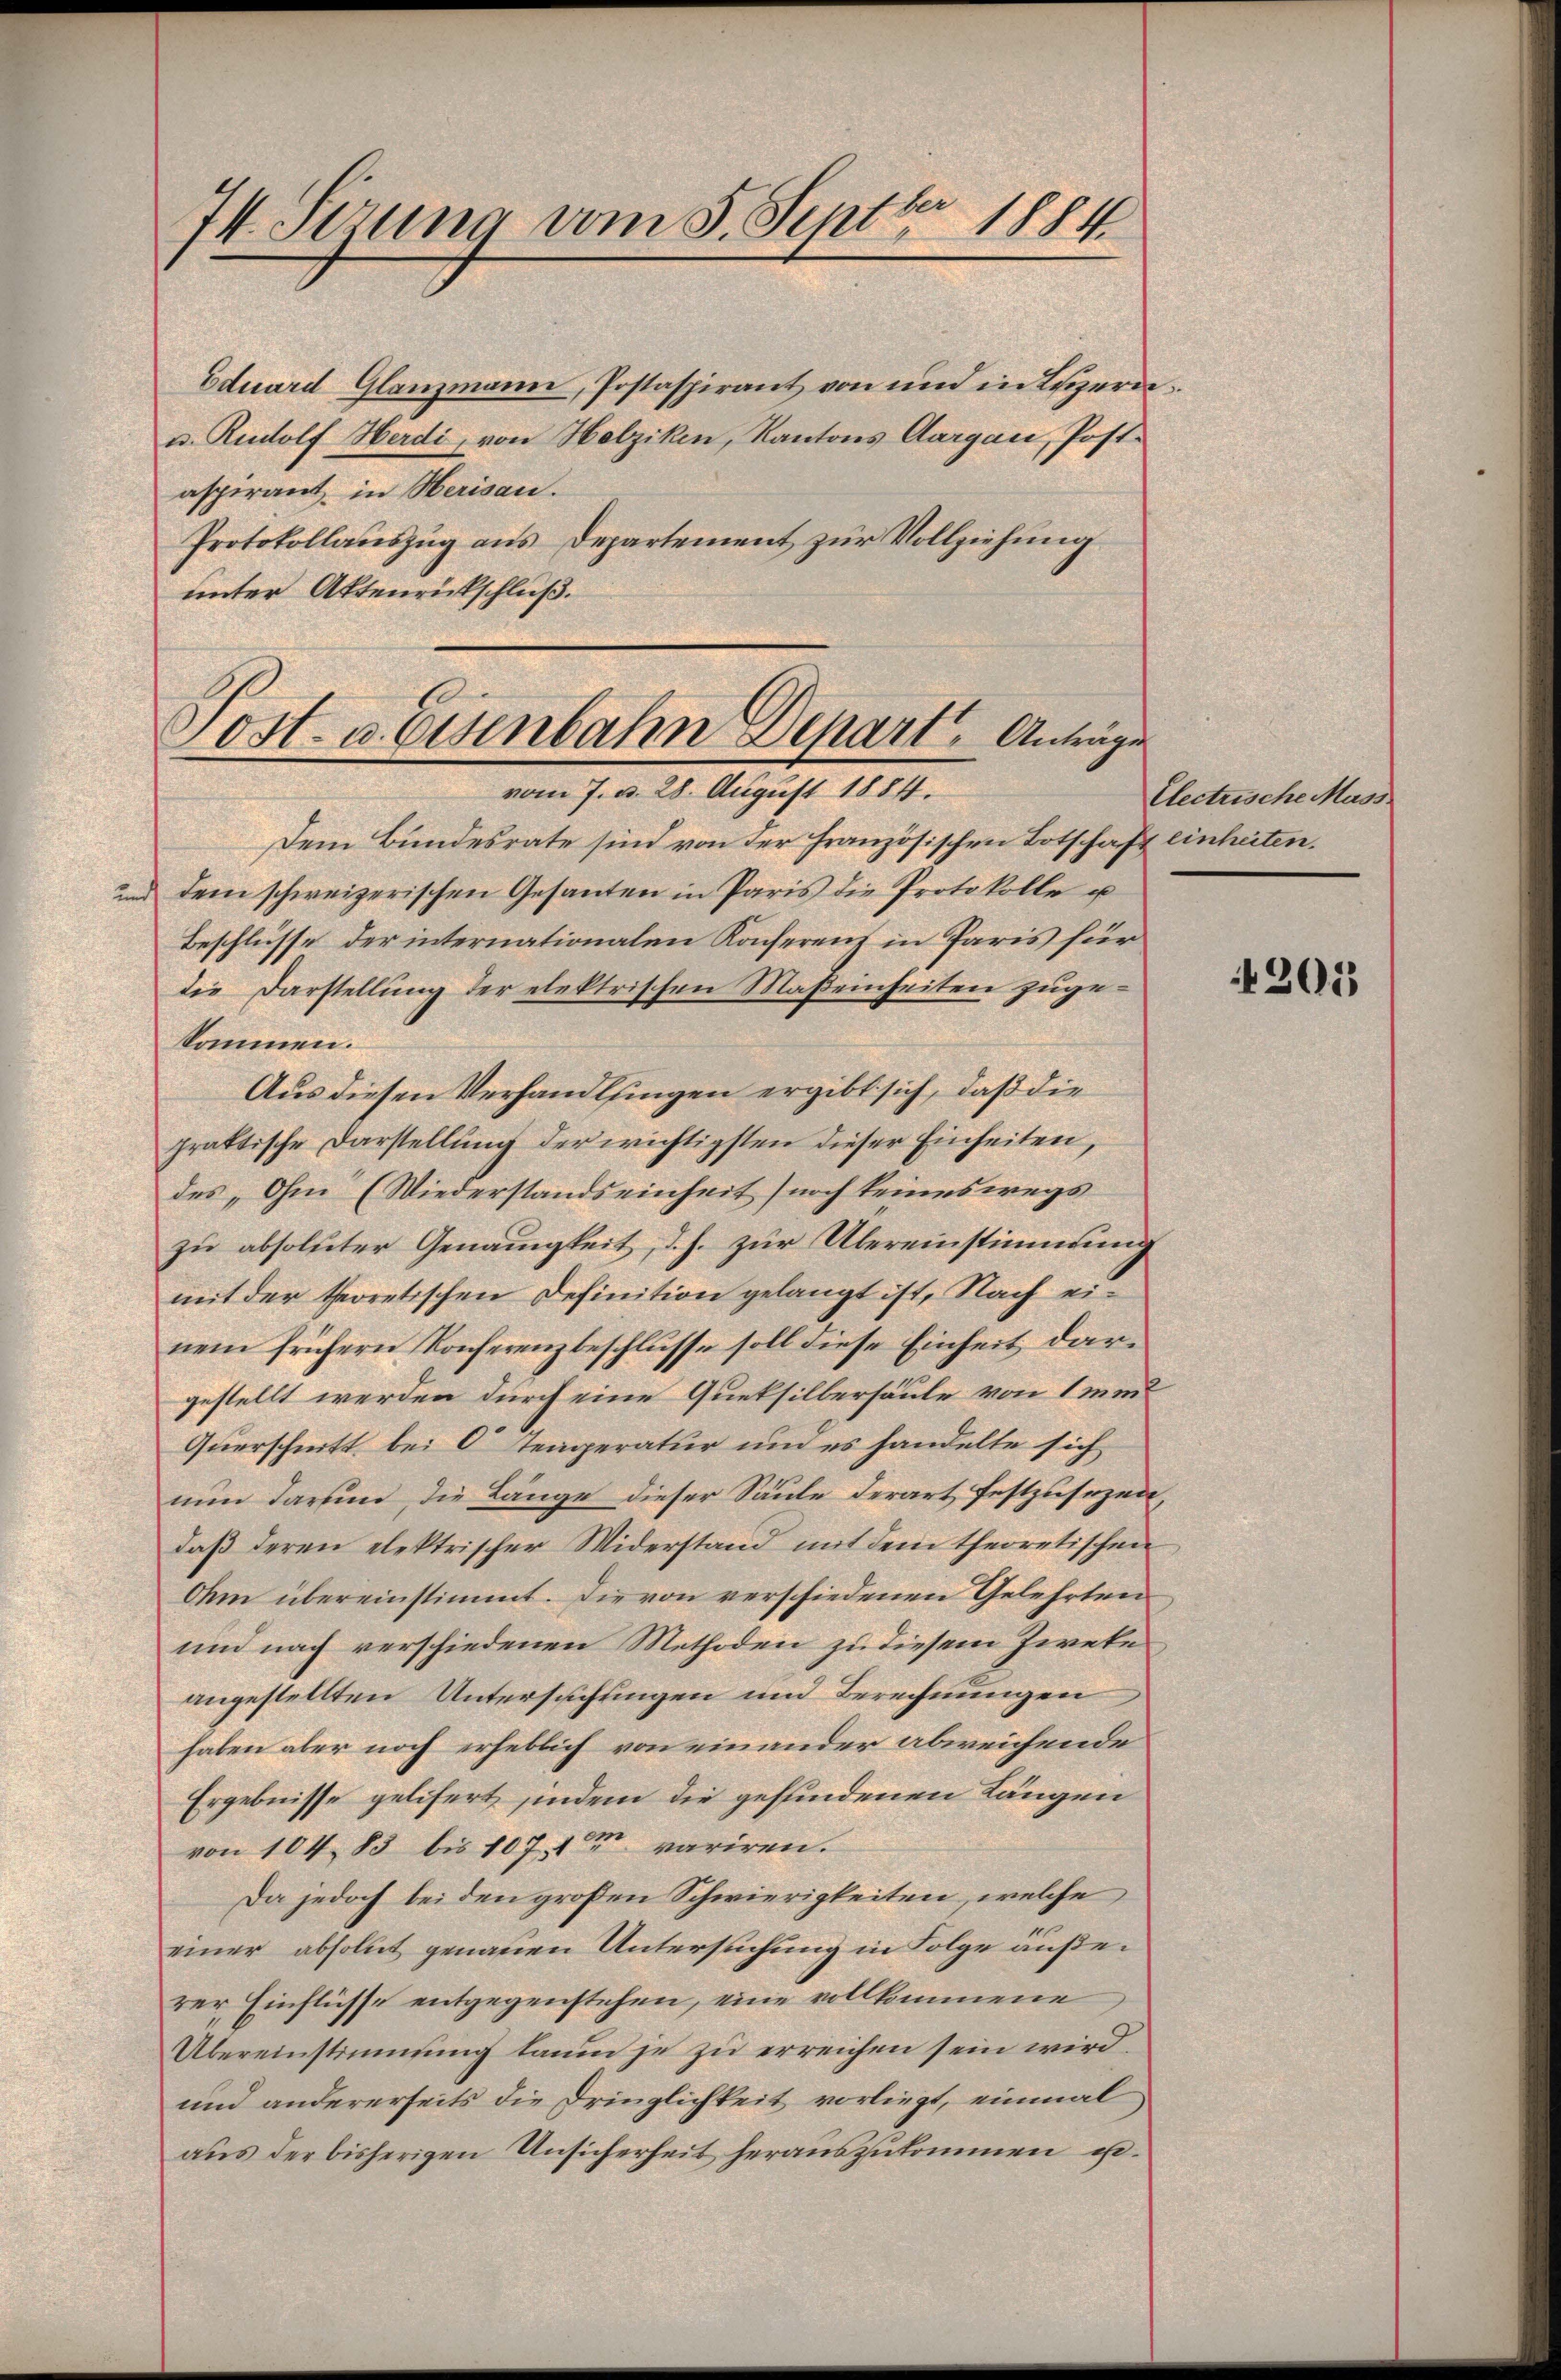
74. Sitzung vom 5. Septbr 1884

Eduard Glanzmann, Postaspirant von und in Luzern
u. Rudolf Herdi, von Helziken, Kantons Aargau, Postasperant, in Herisau.
Protokollauszug aus Departement zur Vollziehung
unter Aktenrückschluß.
Dem Bundesrate sind von der französischen Botschaft einheiten.
und dem schweizerischen Gesanten in Paris die Protokolle u
Beschlüsse der internationalen Konferenz in Paris für
die Darstellung der elektrischen Maßeinheiten zugekommen.
Aus diesen Verhandlungen ergibt sich, daß die
praktische Darstellung der wichtigsten dieser Einheiten,
des „Ohm“ (Wiederstandseinheit noch keineswegs
zu absoluter Genauigkeit, d. h. zur Übereinstimmung
mit der theoretischen Definition gelangt ist, Nach einem frühern Konferenzbeschlusse soll diese Einheit dargestellt werden durch eine Quetsilbersäule von 1 met
Querschnitt bei C Temperatur und es handelte sich
nun darum, die Länge dieser Säule derart festzusezen,
daβ deren elektrischer Widerstand mit dem theoretischen
Om übereinstimmt. Die von verschiedenen Gelehrten
und nach verschiedenen Methoden zu diesem Zweke
angestellten Untersuchungen und Berechnungen
haben aber noch erheblich von einander abweichende
Ergebnisse gelifert sindem die gefundenen Längen
von 104, 83 bis 107, 1 variren.
Da jedoch bei den großen Schwierigkeiten, welche
einer absolut genauen Untersuchung in Folge äußerer Einflüsse entgegenstehen, eine vollkommene
Übereinstimmung kaum je zu erreichen sein wird.
und andererseits die Dringlichkeit vorliegt, einmal
aus der bisherigen Unsicherheit herauszukommen u.

Post- u. Eisenbahn Depart. Anträge
vom 7. d. 28. August 1884.

Electrische Mass

201